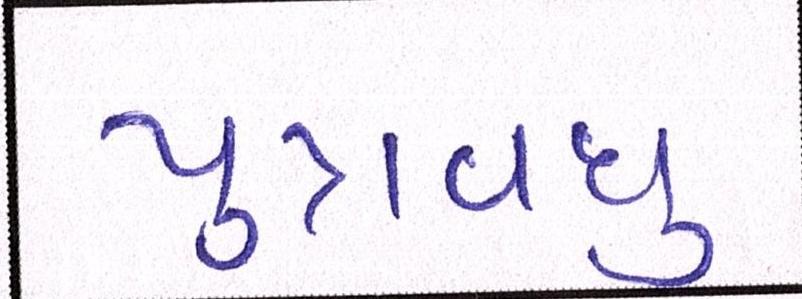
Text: પુત્રવધુ